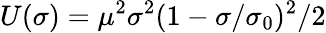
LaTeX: U(\sigma)=\mu^{2}\sigma^{2}(1-\sigma/\sigma_{0})^{2}/2